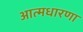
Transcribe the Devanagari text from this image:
आत्मधारणा